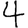
Digit: 4